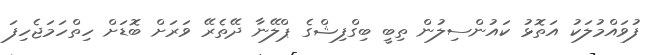
ފުވައްމުލަކު އަތޮޅު ކައުންސިލުން ތިބީ ބިގްފިޝްގެ ޕްލޭނާ ދޭތެރޭ ވަރަށް ބޮޑަށް ހިތްހަމަޖެހިފަ